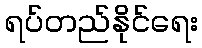
ရပ်တည်နိုင်ရေး